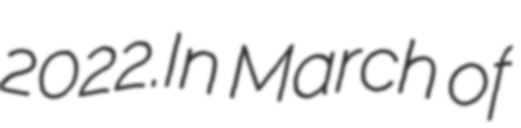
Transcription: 2022.In March of